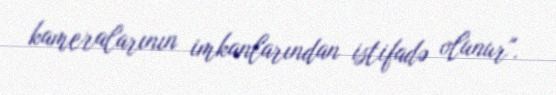
kameralarının imkanlarından istifadə olunur".